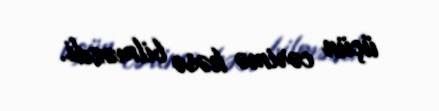
üçün cərimə kəsə bilməzdi.